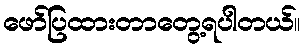
ဖော်ပြထားတာတွေ့ရပါတယ်။